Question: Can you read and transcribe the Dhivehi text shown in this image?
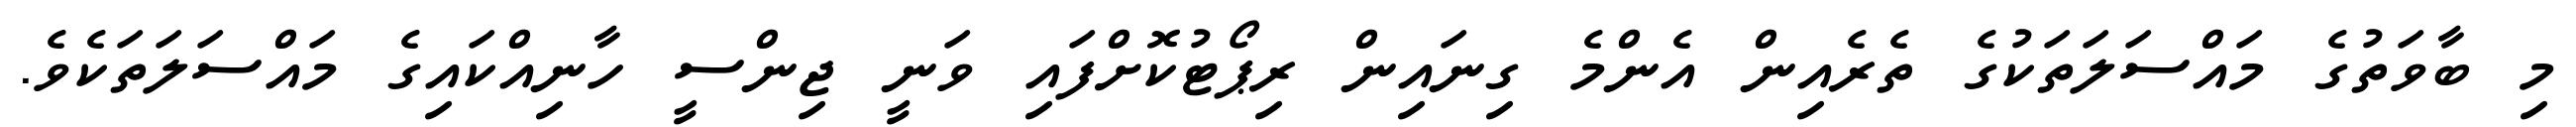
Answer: މި ބާވަތުގެ މައްސަލަތަކުގެ ތެރެއިން އެންމެ ގިނައިން ރިޕޯޓުކޮށްފައި ވަނީ ޖިންސީ ހާނިއްކައިގެ މައްސަލަތަކެވެ.